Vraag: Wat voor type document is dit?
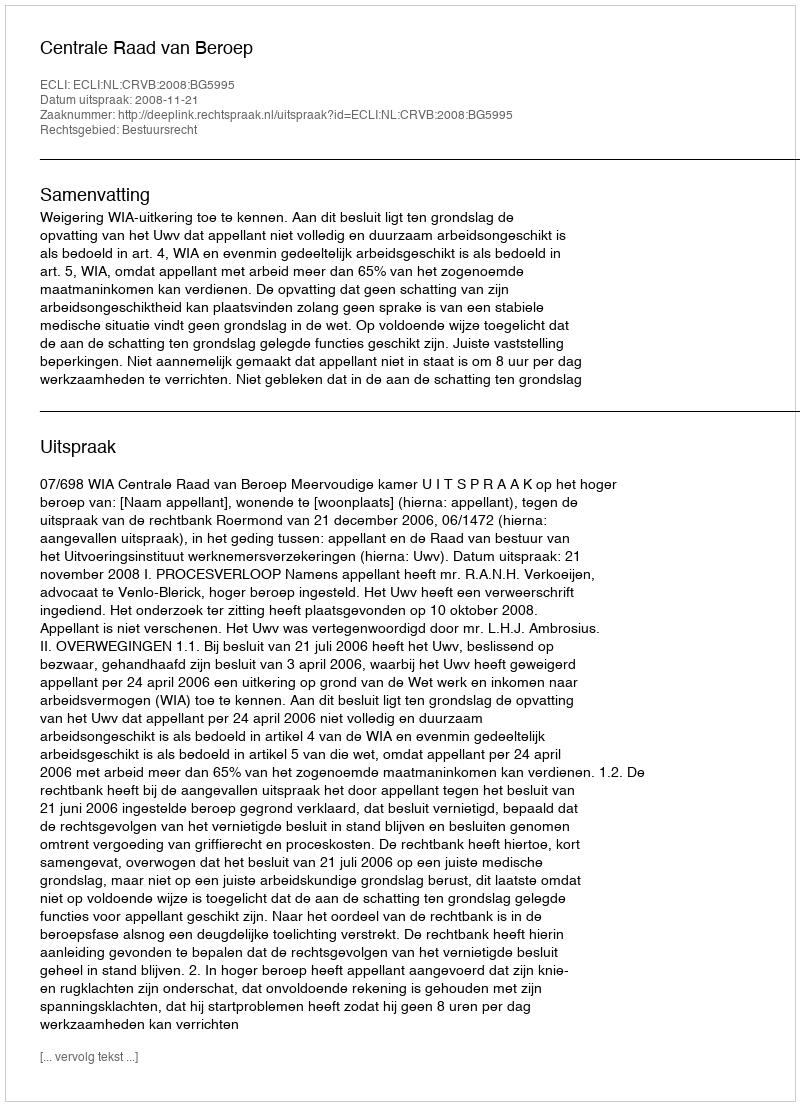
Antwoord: Uitspraak